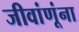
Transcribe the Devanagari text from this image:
जीवांणूंना